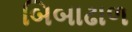
બિબાઢાળ